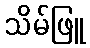
သိမ်ဖြူ